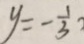
y = - \frac { 1 } { 3 }